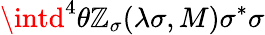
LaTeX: \intd^{4}\theta\mathbb{Z}_{\sigma}(\lambda\sigma,M)\sigma^{*}\sigma